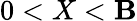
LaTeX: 0<X<\mathbf{B}